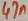
Text: 47n